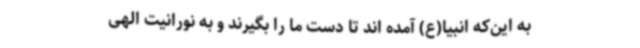
به این‌که انبیا(ع) آمده اند تا دست ما را بگیرند و به نورانیت الهی